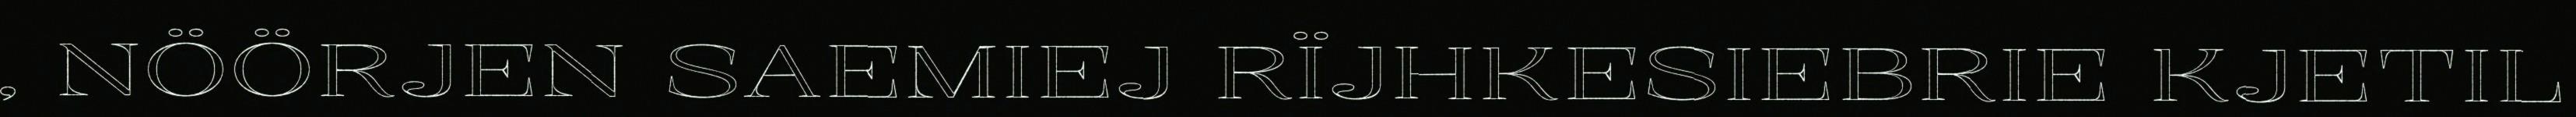
, NÖÖRJEN SAEMIEJ RÏJHKESIEBRIE KJETIL